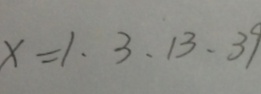
x = 1 、 3 、 1 3 、 3 9